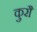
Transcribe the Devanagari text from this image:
कुरौ